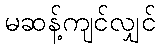
မဆန့်ကျင်လျှင်